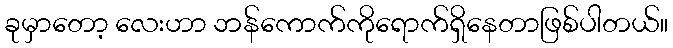
ခုမှာတော့ လေးဟာ ဘန်ကောက်ကိုရောက်ရှိနေတာဖြစ်ပါတယ်။